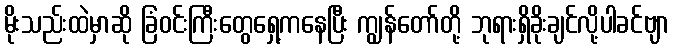
မိုးသည်းထဲမှာဆို ခြံဝင်းကြီးတွေရှေ့ကနေပြီး ကျွန်တော်တို့ ဘုရားရှိခိုးချင်လို့ပါခင်ဗျာ